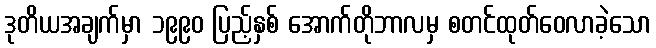
ဒုတိယအချက်မှာ ၁၉၉၀ ပြည့်နှစ် အောက်တိုဘာလမှ စတင်ထုတ်ဝေလာခဲ့သော